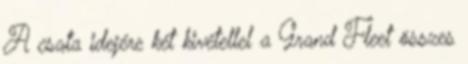
A csata idejére két kivétellel a Grand Fleet összes